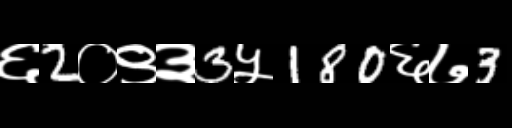
Text: ६2०९३3५180६७3